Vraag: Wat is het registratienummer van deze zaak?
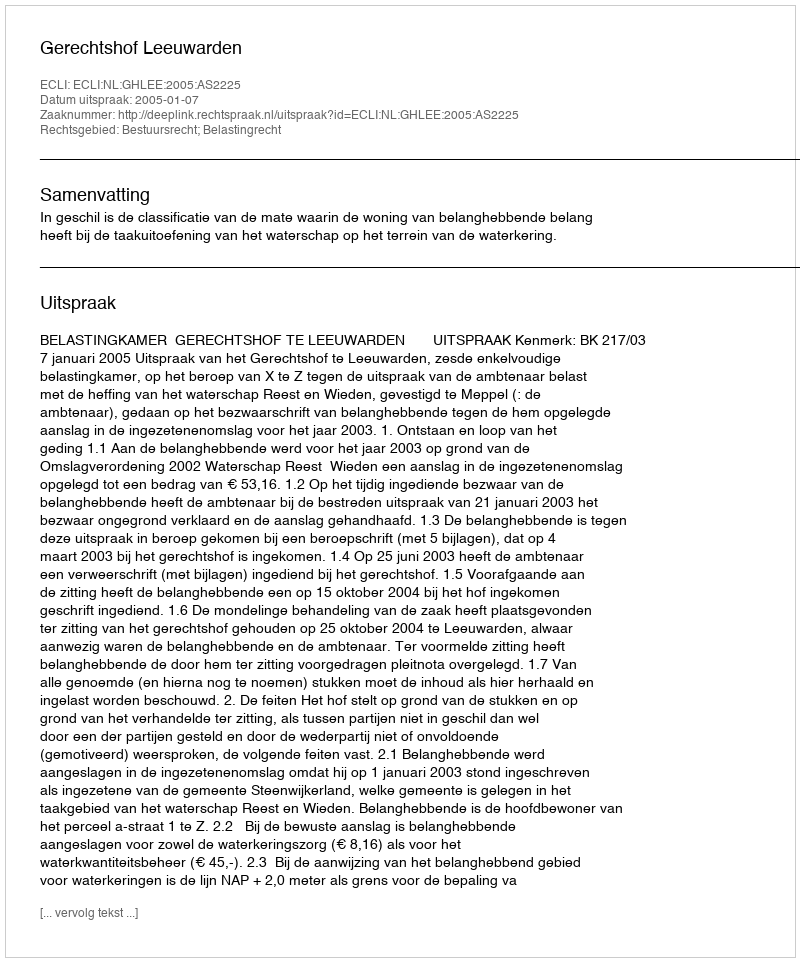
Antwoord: http://deeplink.rechtspraak.nl/uitspraak?id=ECLI:NL:GHLEE:2005:AS2225